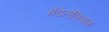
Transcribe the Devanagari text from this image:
मेंडेलेव्हियम